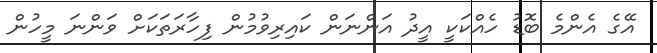
އޭގެ އެންމެ ބޮޑު ހެއްކަކީ އީދު އަންނަން ކައިރިވުމުން ފިހާރަތަކަށް ވަންނަ މީހުން